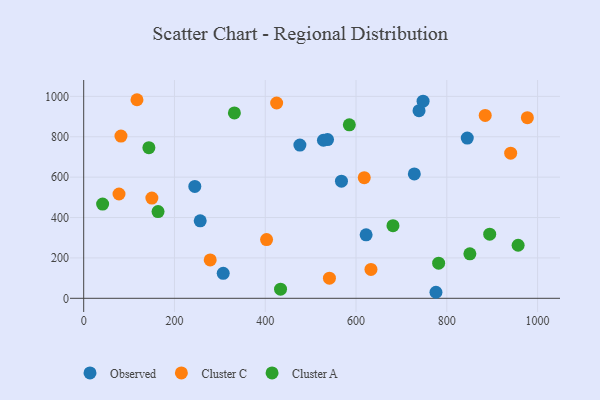
{"axis": {"x": "Investment", "y": "Demand"}, "legend": ["Cluster A", "Cluster C", "Observed"], "data": [{"x": "476.3", "y": 758.7, "type": "Observed"}, {"x": "567.9", "y": 580.3, "type": "Observed"}, {"x": "728.4", "y": 615.8, "type": "Observed"}, {"x": "622.2", "y": 314.4, "type": "Observed"}, {"x": "738.8", "y": 929.0, "type": "Observed"}, {"x": "528.2", "y": 782.8, "type": "Observed"}, {"x": "747.7", "y": 976.0, "type": "Observed"}, {"x": "244.8", "y": 553.9, "type": "Observed"}, {"x": "256.7", "y": 383.8, "type": "Observed"}, {"x": "307.4", "y": 123.6, "type": "Observed"}, {"x": "776.1", "y": 29.9, "type": "Observed"}, {"x": "845.1", "y": 793.3, "type": "Observed"}, {"x": "537.2", "y": 786.1, "type": "Observed"}, {"x": "884.6", "y": 905.9, "type": "Cluster C"}, {"x": "278.7", "y": 189.9, "type": "Cluster C"}, {"x": "632.9", "y": 143.1, "type": "Cluster C"}, {"x": "940.7", "y": 718.7, "type": "Cluster C"}, {"x": "425.1", "y": 967.2, "type": "Cluster C"}, {"x": "541.4", "y": 99.8, "type": "Cluster C"}, {"x": "82.1", "y": 803.3, "type": "Cluster C"}, {"x": "150.2", "y": 496.2, "type": "Cluster C"}, {"x": "117.4", "y": 983.4, "type": "Cluster C"}, {"x": "618.1", "y": 597.6, "type": "Cluster C"}, {"x": "402.9", "y": 290.8, "type": "Cluster C"}, {"x": "977.5", "y": 894.5, "type": "Cluster C"}, {"x": "77.8", "y": 516.5, "type": "Cluster C"}, {"x": "957.1", "y": 262.8, "type": "Cluster A"}, {"x": "681.4", "y": 359.6, "type": "Cluster A"}, {"x": "585.2", "y": 858.9, "type": "Cluster A"}, {"x": "41.7", "y": 466.9, "type": "Cluster A"}, {"x": "850.8", "y": 220.1, "type": "Cluster A"}, {"x": "163.8", "y": 429.3, "type": "Cluster A"}, {"x": "894.5", "y": 317.5, "type": "Cluster A"}, {"x": "143.6", "y": 745.8, "type": "Cluster A"}, {"x": "332.0", "y": 917.9, "type": "Cluster A"}, {"x": "782.0", "y": 173.9, "type": "Cluster A"}, {"x": "433.7", "y": 45.3, "type": "Cluster A"}]}